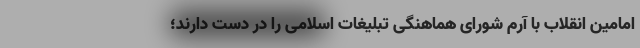
امامین انقلاب با آرم شورای هماهنگی تبلیغات اسلامی را در دست دارند؛